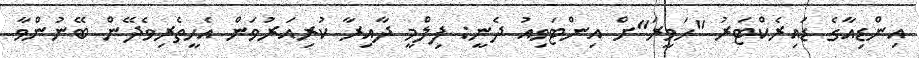
އިންޑިއާގެ ޑައިރެކްޓަރު "ހަވީރަ"ށް އިންޓަވިއު ދެނީ: ފިލްމީ ދާއިރާ ކުރިއަރުވަން އެހީތެރިވެދޭން ބޭނުންވާ